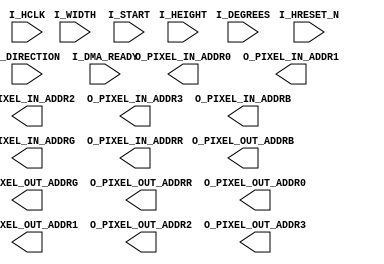
//`define PIXEL_SET_MAX_H 8
//`define PIXEL_SET_MAX_W 8
//`define PIXEL_SET_MAX_PIXEL 64
//`define S:TART_THROUGH_MODE 0
//`define START_90_DEG_MODE 

/**
*Things to take note of 
    * There are 64 pixels
    * 192 addresses 
    * so increment and decrements
    * are by 3s not 1s
    * TODO: edit functional specifications 
    *       fixed address values (decrement/increment)
    * TODO: check code is it corresponds to 
    *       these notes
    * going in requires 4 8bits so 
    * increment or decrements are by 4s
    * TODO: make sure address in (input_mem)
    * 	    and address out (output_mem)
    * 	    follows
    * PIXEL_IN_ADDR_0123 --> by 4s --> from ahb to input_mem
    * PIXEL_OUT_ADDR_RGB --> by 3s --> from input_mem to output_mem
    * PIXEL_IN_ADDR_RGB  --> by 3s --> from input_mem to output_mem
    * PIXEL_OUT_ADDR_0123 --> by 4s --> from output_mem to ahb
    *
*/

module core_pixel (
    output [7:0] O_PIXEL_IN_ADDR0,
    output [7:0] O_PIXEL_IN_ADDR1,
    output [7:0] O_PIXEL_IN_ADDR2,
    output [7:0] O_PIXEL_IN_ADDR3,
    output [7:0] O_PIXEL_OUT_ADDRB,
    output [7:0] O_PIXEL_OUT_ADDRG,
    output [7:0] O_PIXEL_OUT_ADDRR,
    output [7:0] O_PIXEL_OUT_ADDR0,
     
    output [7:0] O_PIXEL_OUT_ADDR1,
    output [7:0] O_PIXEL_OUT_ADDR2,
    output [7:0] O_PIXEL_OUT_ADDR3,
    output [7:0] O_PIXEL_IN_ADDRB,
    output [7:0] O_PIXEL_IN_ADDRG,
    output [7:0] O_PIXEL_IN_ADDRR,

    input [15:0] I_HEIGHT,
    input [15:0] I_WIDTH,
    input 	 I_DIRECTION,
    input [1:0]	 I_DEGREES,
    input 	 I_DMA_READY,
    input 	 I_START,

    input 	 I_HRESET_N,
    input 	 I_HCLK
);

endmodule